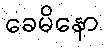
ခေမိနော